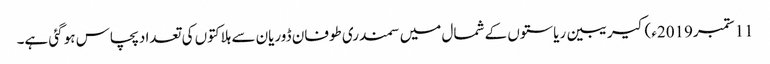
11 ستمبر2019ء) کیریبین ریاستوں کے شمال میں سمندری طوفان ڈوریان سے ہلاکتوں کی تعداد پچاس ہو گئی ہے۔